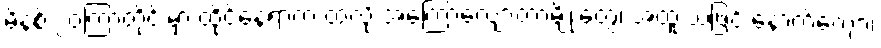
မိနစ် ၂၀ကြာတိုင်းမှာ ထိုင်နေရာက ထလို့ အကြောလျှော့တာမျိုးတွေ၊ အထူးသဖြင့် နောက်ကျော၊